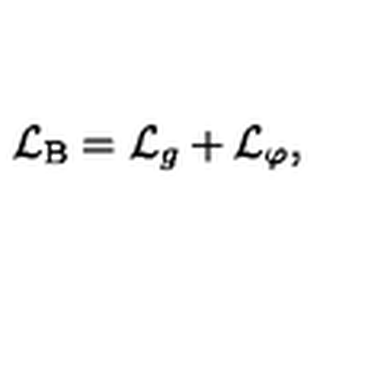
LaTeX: { \cal L } _ { \mathrm { B } } = { \cal L } _ { g } + { \cal L } _ { \varphi } ,